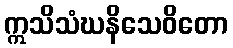
ဣသိသံဃနိသေဝိတော